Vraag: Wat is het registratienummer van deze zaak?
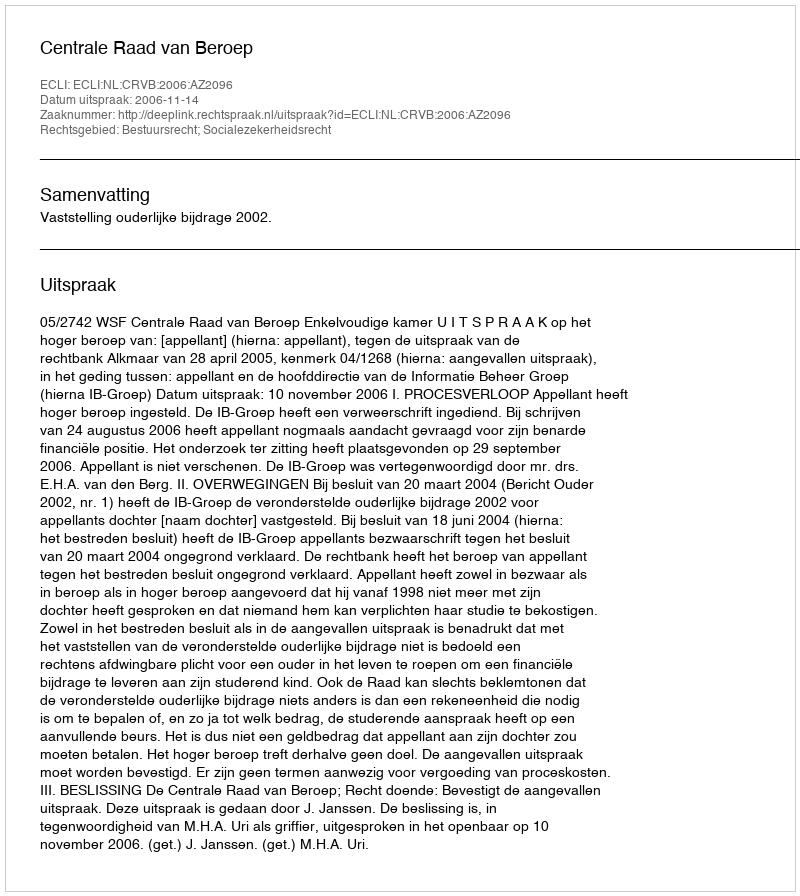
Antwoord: http://deeplink.rechtspraak.nl/uitspraak?id=ECLI:NL:CRVB:2006:AZ2096